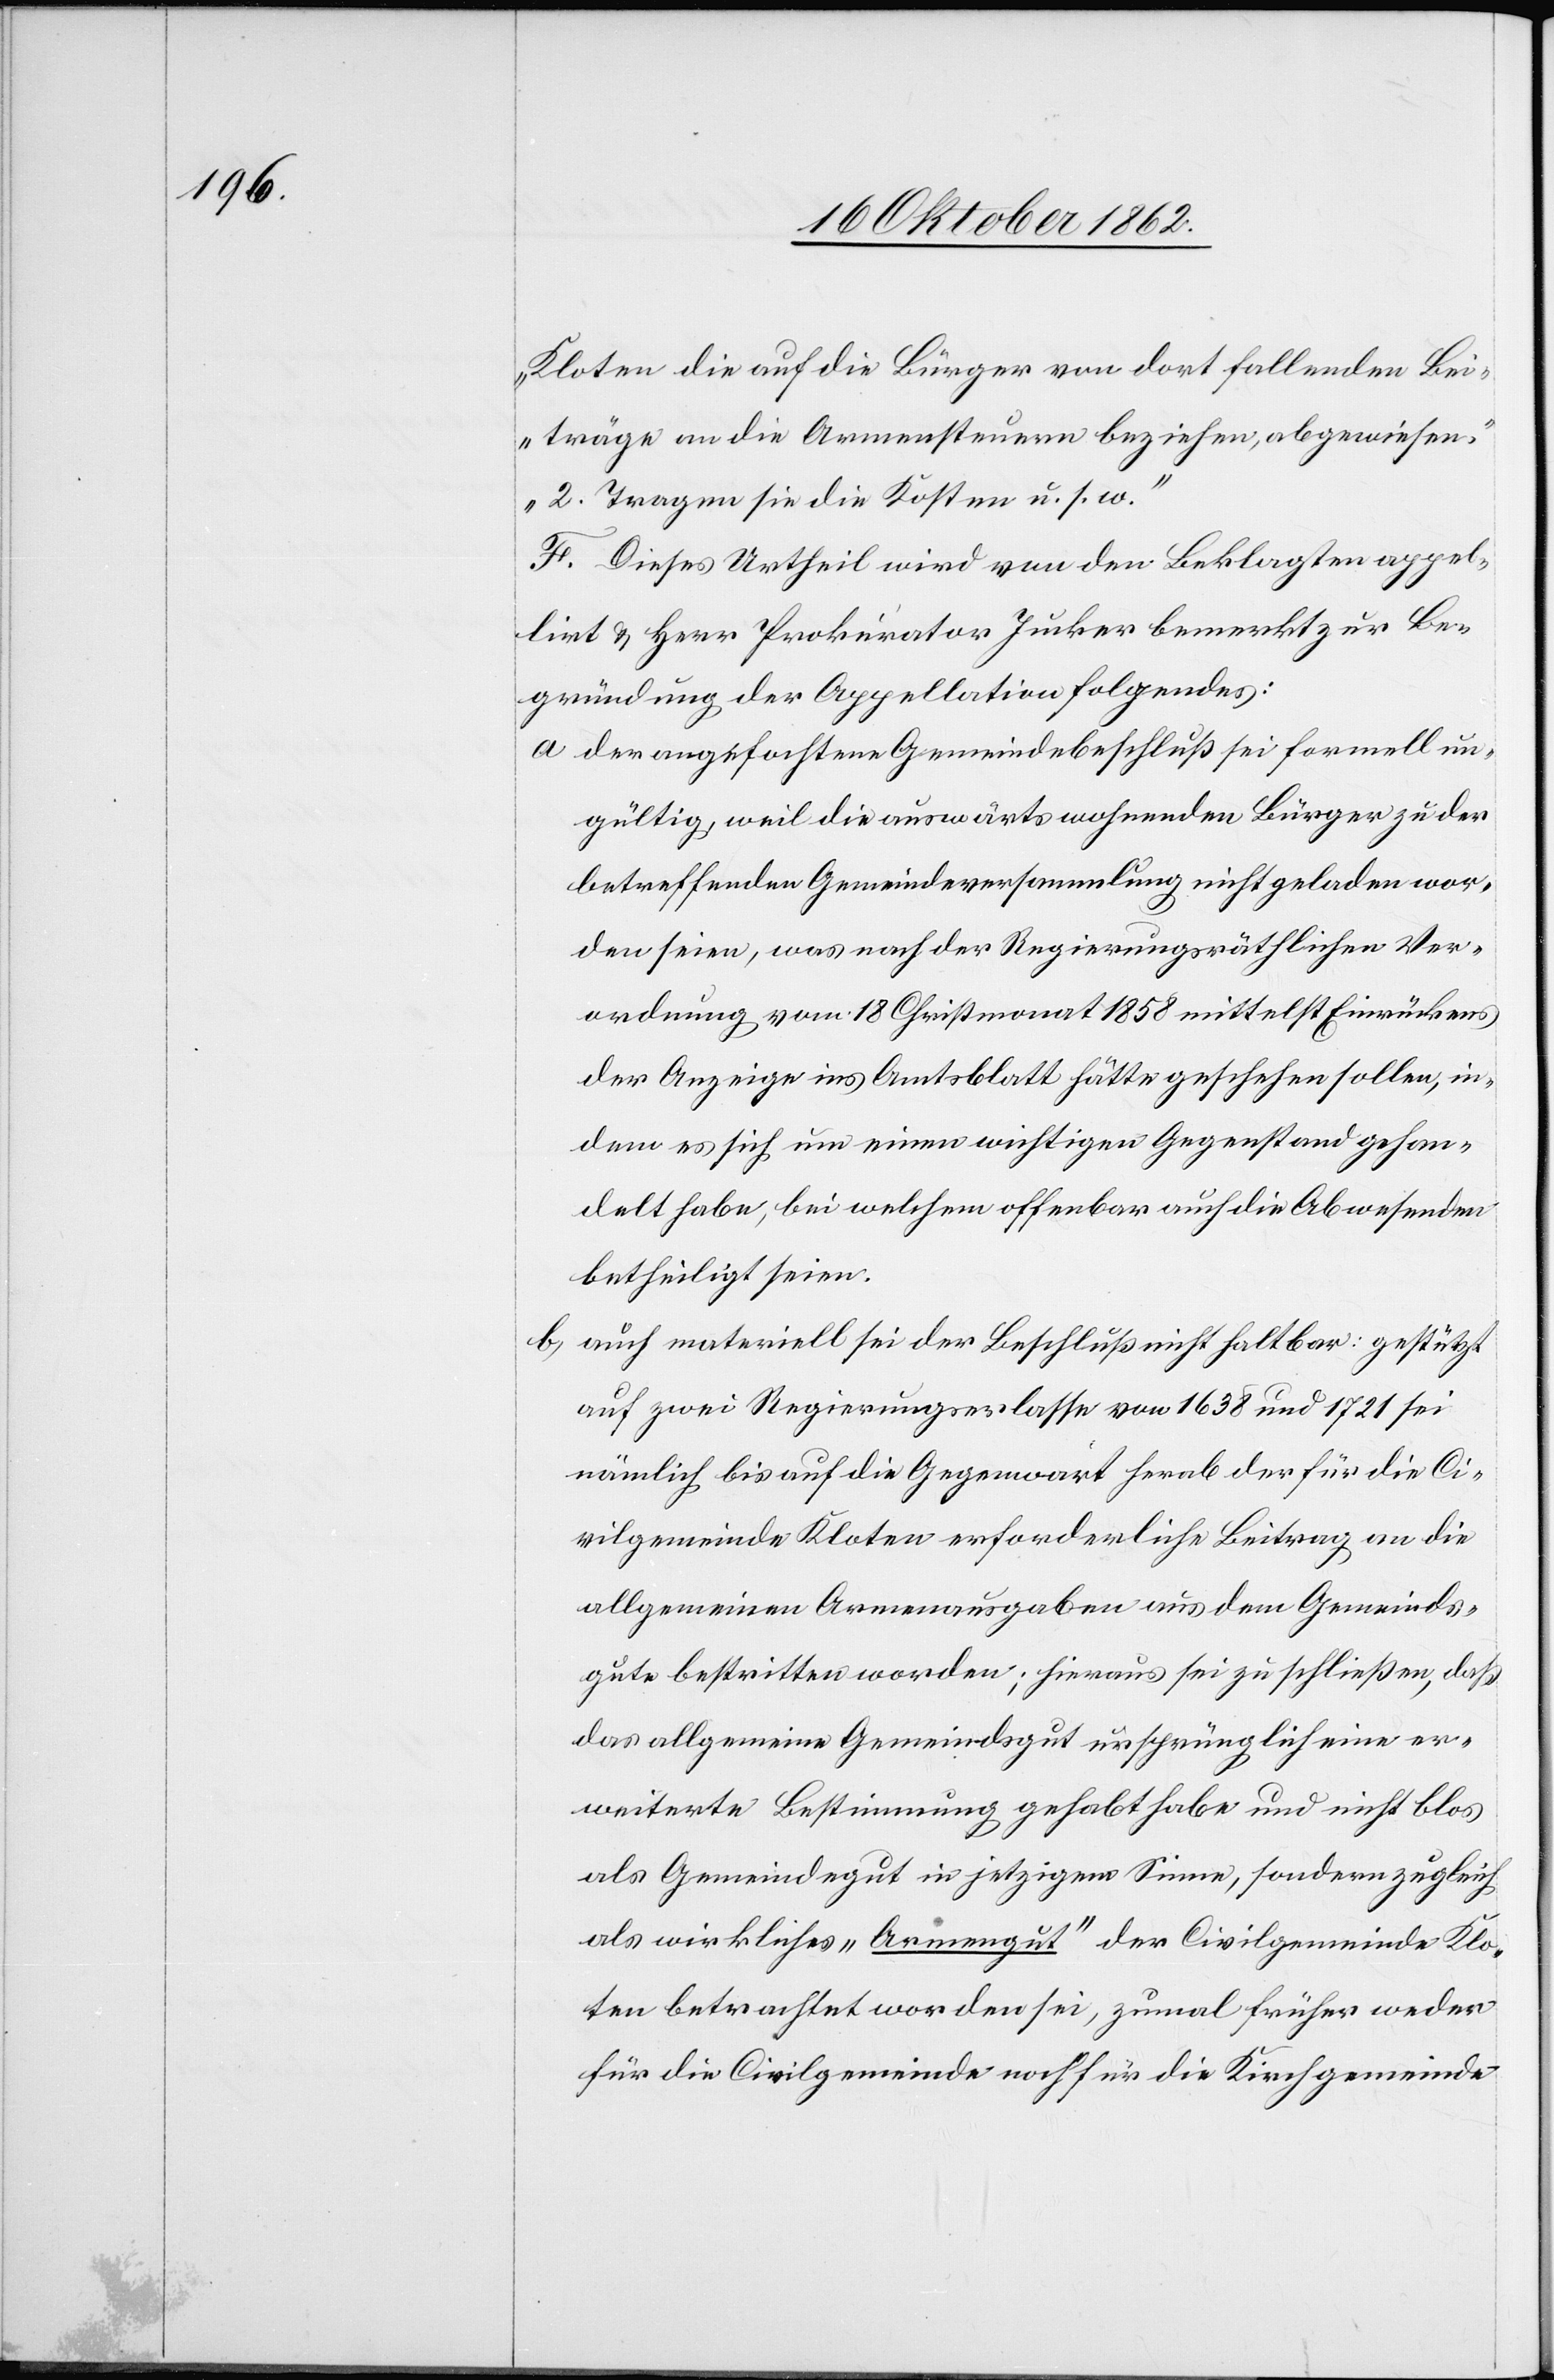
Kloten die auf die Bürger von dort fallenden Bei¬
träge an die Armensteuern beziehen, abgewiesen.
2. Tragen sie die Kosten u. s. w.“
F. Dieses Urtheil wird von den Beklagten appel¬
lirt u. Herr Prokurator Jucker bemerkt zur Be¬
gründung der Appellation folgende:
a. Der angefochtene Gemeindebeschluß sei formell un¬
gültig, weil die auswärts wohnenden Bürger zu der
betreffenden Gemeindeversammlung nicht geladen wor¬
den seien, was nach der Regierungsräthlichen Ver¬
ordnung vom 18. Christmonat 1858 mittelst Einrückens
der Anzeige ins Amtsblatt hätte geschehen sollen, in¬
dem es sich um einen wichtigen Gegenstand gehan¬
delt habe, bei welchem offenbar auch die Abwesenden
betheiligt seien.
b. auch materiell sei der Beschluß nicht haltbar: gestützt
auf zwei Regierungserlasse von 1638 und 1721 sei
nämlich bis auf die Gegenwart herab der für die Ci¬
vilgemeinde Kloten erforderliche Beitrag an die
allgemeinen Armenausgaben aus dem Gemeinds¬
gute bestritten worden; hieraus sei zu schließen, daß
das allgemeine Gemeindsgut ursprünglich eine er¬
weiterte Bestimmung gehabt habe und nicht blos
als Gemeindegut in jetzigem Sinne, sondern zugleich
als wirkliches „Armengut“ der Civilgemeinde Klo¬
ten betrachtet worden sei, zumal früher weder
für die Civilgemeinde noch für die Kirchgemeinde